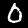
Digit: 0